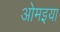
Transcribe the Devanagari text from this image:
ओमइया